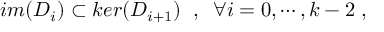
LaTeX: i m ( D _ { i } ) \subset k e r ( D _ { i + 1 } ) \; \; , \; \; \forall i = 0 , \cdots , k - 2 \; ,